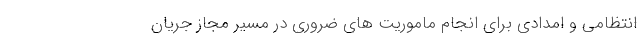
انتظامی و امدادی برای انجام ماموریت های ضروری در مسیر مجاز جریان